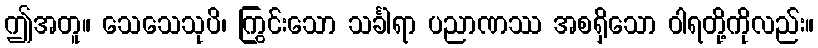
ဤအတူ။ သေသေသုပိ၊ ကြွင်းသော သင်္ခါရာ ပညာဏဿ အစရှိသော ဝါရတို့ကိုလည်း။